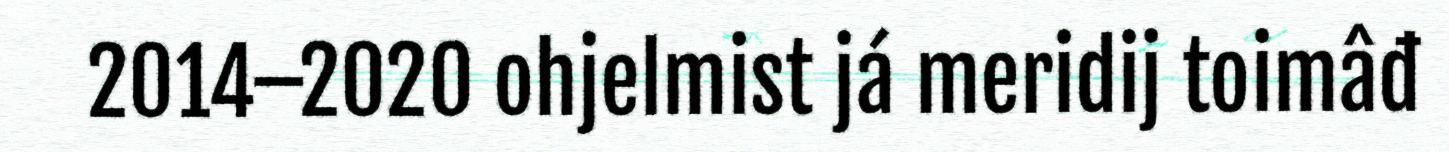
2014–2020 ohjelmist já meridij toimâđ